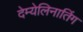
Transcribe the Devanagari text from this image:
देम्येलिनातिंग